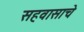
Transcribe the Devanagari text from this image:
सहवासाचे